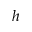
h